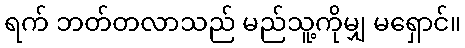
ရက် ဘတ်တလာသည် မည်သူ့ကိုမျှ မရှောင်။